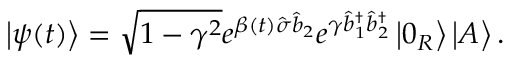
\left\vert \psi ( t ) \right\rangle = \sqrt { 1 - \gamma ^ { 2 } } e ^ { \beta ( t ) \hat { \sigma } \hat { b } _ { 2 } } e ^ { \gamma \hat { b } _ { 1 } ^ { \dagger } \hat { b } _ { 2 } ^ { \dagger } } \left\vert 0 _ { R } \right\rangle \left\vert A \right\rangle .